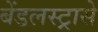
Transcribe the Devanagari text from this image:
बेंडलस्ट्रासे